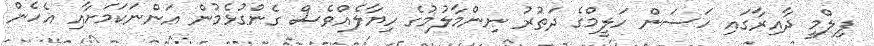
ފިލްމީ ދާއިރާގައި ހަސަން ހަލީމްގެ ދަތުރު ނިންމާލުމުގެ ހިޔާލެއްވެސް ގެންގުޅެމުން އަންނަކަމަށާއި އެހެން